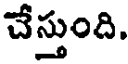
చేస్తుంది.